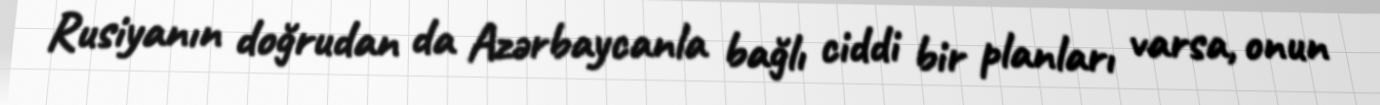
Rusiyanın doğrudan da Azərbaycanla bağlı ciddi bir planları varsa, onun